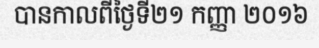
បានកាលពីថ្ងៃទី២១ កញ្ញា ២០១៦